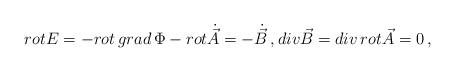
LaTeX: \begin{align*}rot {E}= -rot \, grad \, \Phi - rot \dot{\vec{A}} = -\dot{\vec{B}} \, , div \vec{B} = div \, rot \vec{A} = 0 \, ,\end{align*}